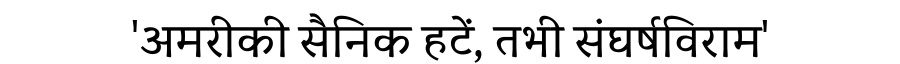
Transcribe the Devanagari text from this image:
'अमरीकी सैनिक हटें, तभी संघर्षविराम'